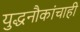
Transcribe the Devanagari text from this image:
युद्धनौकांचाही